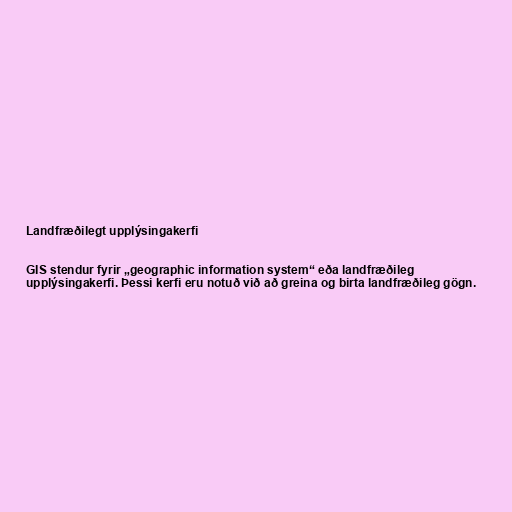
Landfræðilegt upplýsingakerfi

GIS stendur fyrir „geographic information system“ eða landfræðileg
upplýsingakerfi. Þessi kerfi eru notuð við að greina og birta landfræðileg gögn.